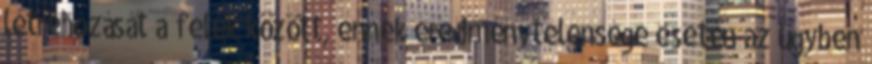
létrehozását a felek között, ennek eredménytelensége esetén az ügyben